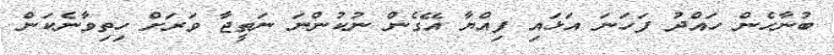
ބުނާހެން ހައްދު ފަހަނަ އަޅައި ފިއްޔާ އޭގެން ނުކުންނަ ނަތީޖާ ވަރަށް ހިތިވާނެކަން